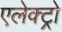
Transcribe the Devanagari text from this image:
एलेक्ट्रो